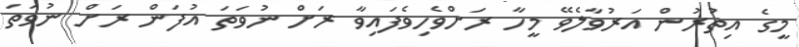
މީގެ އިތުރުން އަރުވާލެވޭ މީހާ ރަށްވެހިވެފައިވާ ރަށް ނުވަތަ އުފަން ރަށް ނުވަތަ